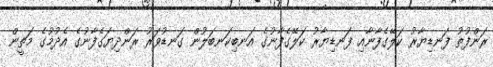
ރަންފުތު ފަނޑިޔާރު ކަލޭގެފާނާއި ފަނޑިޔާރު ކަލޭގެފާނުގެ އަނބިކަނބަލުން ގަނޑުވަރު ރަންދިޔަގެފާނުގެ އެދުމުގެ މަތީން